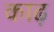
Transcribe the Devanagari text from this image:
काढ़